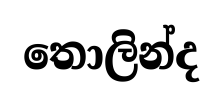
තොලින්ද